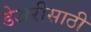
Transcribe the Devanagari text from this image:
डेअरीसाठी